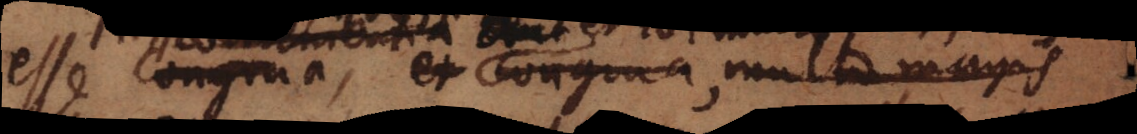
esse congrua, et congrua, multo magis